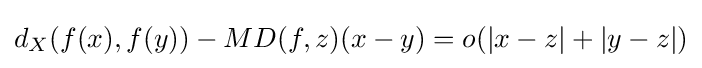
d_{X}(f(x),f(y))-MD(f,z)(x-y)=o(|x-z|+|y-z|)